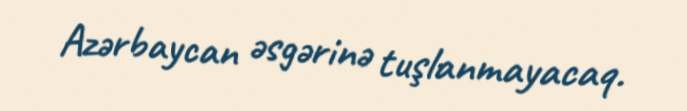
Azərbaycan əsgərinə tuşlanmayacaq.